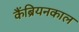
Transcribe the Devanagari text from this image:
कैंब्रियनकाल